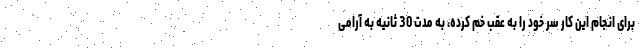
برای انجام این کار سر خود را به عقب خم کرده، به مدت 30 ثانیه به آرامی